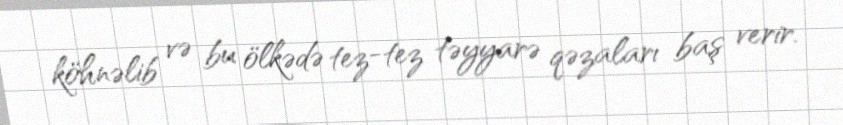
köhnəlib və bu ölkədə tez-tez təyyarə qəzaları baş verir.